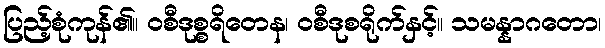
ပြည့်စုံကုန်၏။ ဝစီဒုစ္စရိတေန၊ ဝစီဒုစရိုက်နှင့်။ သမန္နာဂတော၊